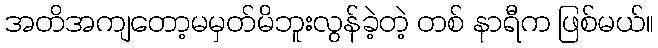
အတိအကျတော့မမှတ်မိဘူးလွန်ခဲ့တဲ့ တစ် နာရီက ဖြစ်မယ်။